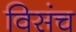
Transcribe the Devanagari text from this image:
विसंच